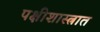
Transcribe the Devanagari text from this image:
पक्षीशास्त्रात